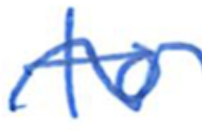
Text: to
Cross-out: wave
Writing tool: ballpoint